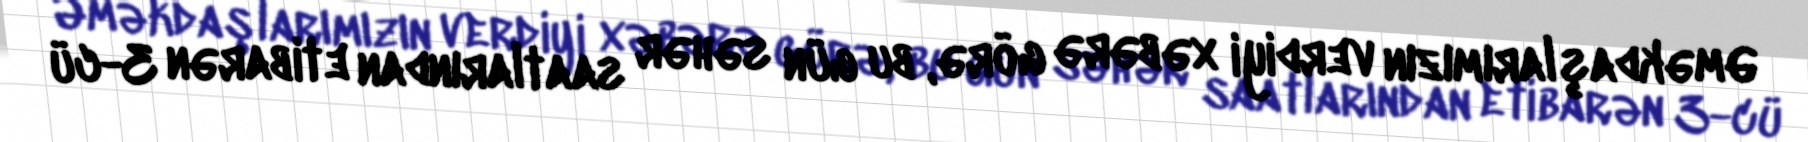
Əməkdaşlarımızın verdiyi xəbərə görə, bu gün səhər saatlarından etibarən 3-cü